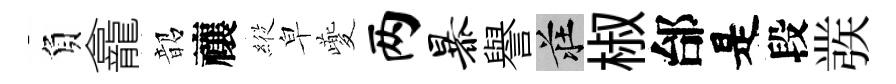
負龕韶禳𦂵皁夔两暴譽莊椒邰是段彂